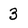
Character: 3